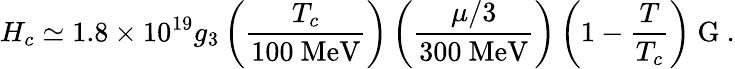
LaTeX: H_{c}\simeq 1.8\times 10^{19}g_{3}\left(\frac{T_{c}}{100\mathrm{~MeV}}\right)\left(\frac{\mu/3}{300\mathrm{~MeV}}\right)\left(1-\frac{T}{T_{c}}\right)\mathrm{~G}\ .